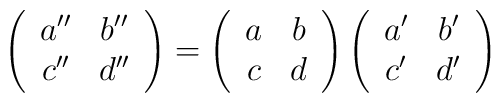
\left(\begin{array}{cc}a''&b''\\c''&d''\end{array}\right)=\left(\begin{array}{cc}a&b\\c&d\end{array}\right)\left(\begin{array}{cc}a'&b'\\c'&d'\end{array}\right)